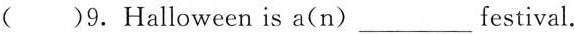
( )9.Halloween is a(n)_festival.